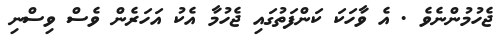
ޖެހުމުންނެވެ . އެ ވާހަކަ ކަންފަތުގައި ޖެހުމާ އެކު އަހަރެން ވެސް ވިސްނި